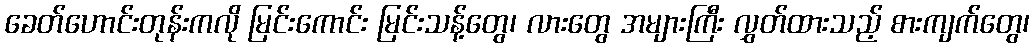
ခေတ်ဟောင်းတုန်းကလို မြင်းကောင်း မြင်းသန့်တွေ၊ လားတွေ အများကြီး လွှတ်ထားသည့် စားကျက်တွေ၊